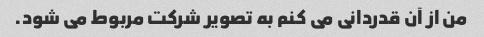
من از آن قدردانی می کنم به تصویر شرکت مربوط می شود.